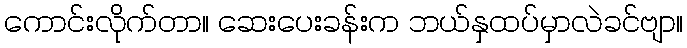
ကောင်းလိုက်တာ။ ဆေးပေးခန်းက ဘယ်နှထပ်မှာလဲခင်ဗျာ။